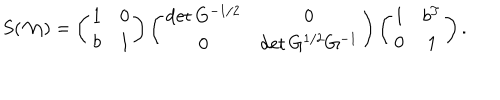
S ( { \cal M } ) = \left( \begin{array} { c c } { { 1 } } & { { 0 } } \\ { { b } } & { { 1 } } \\ \end{array} \right) \left( \begin{array} { c c } { { \det G ^ { - 1 / 2 } } } & { { 0 } } \\ { { 0 } } & { { \det G ^ { 1 / 2 } G ^ { - 1 } } } \\ \end{array} \right) \left( \begin{array} { c c } { { 1 } } & { { b ^ { T } } } \\ { { 0 } } & { { 1 } } \\ \end{array} \right) .